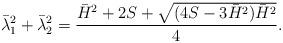
LaTeX: \begin{align*}\bar \lambda_1^2+\bar \lambda_2^2=\dfrac{\bar H^2+2S+ \sqrt{(4S-3\bar H^2)\bar H^2}}4.\end{align*}